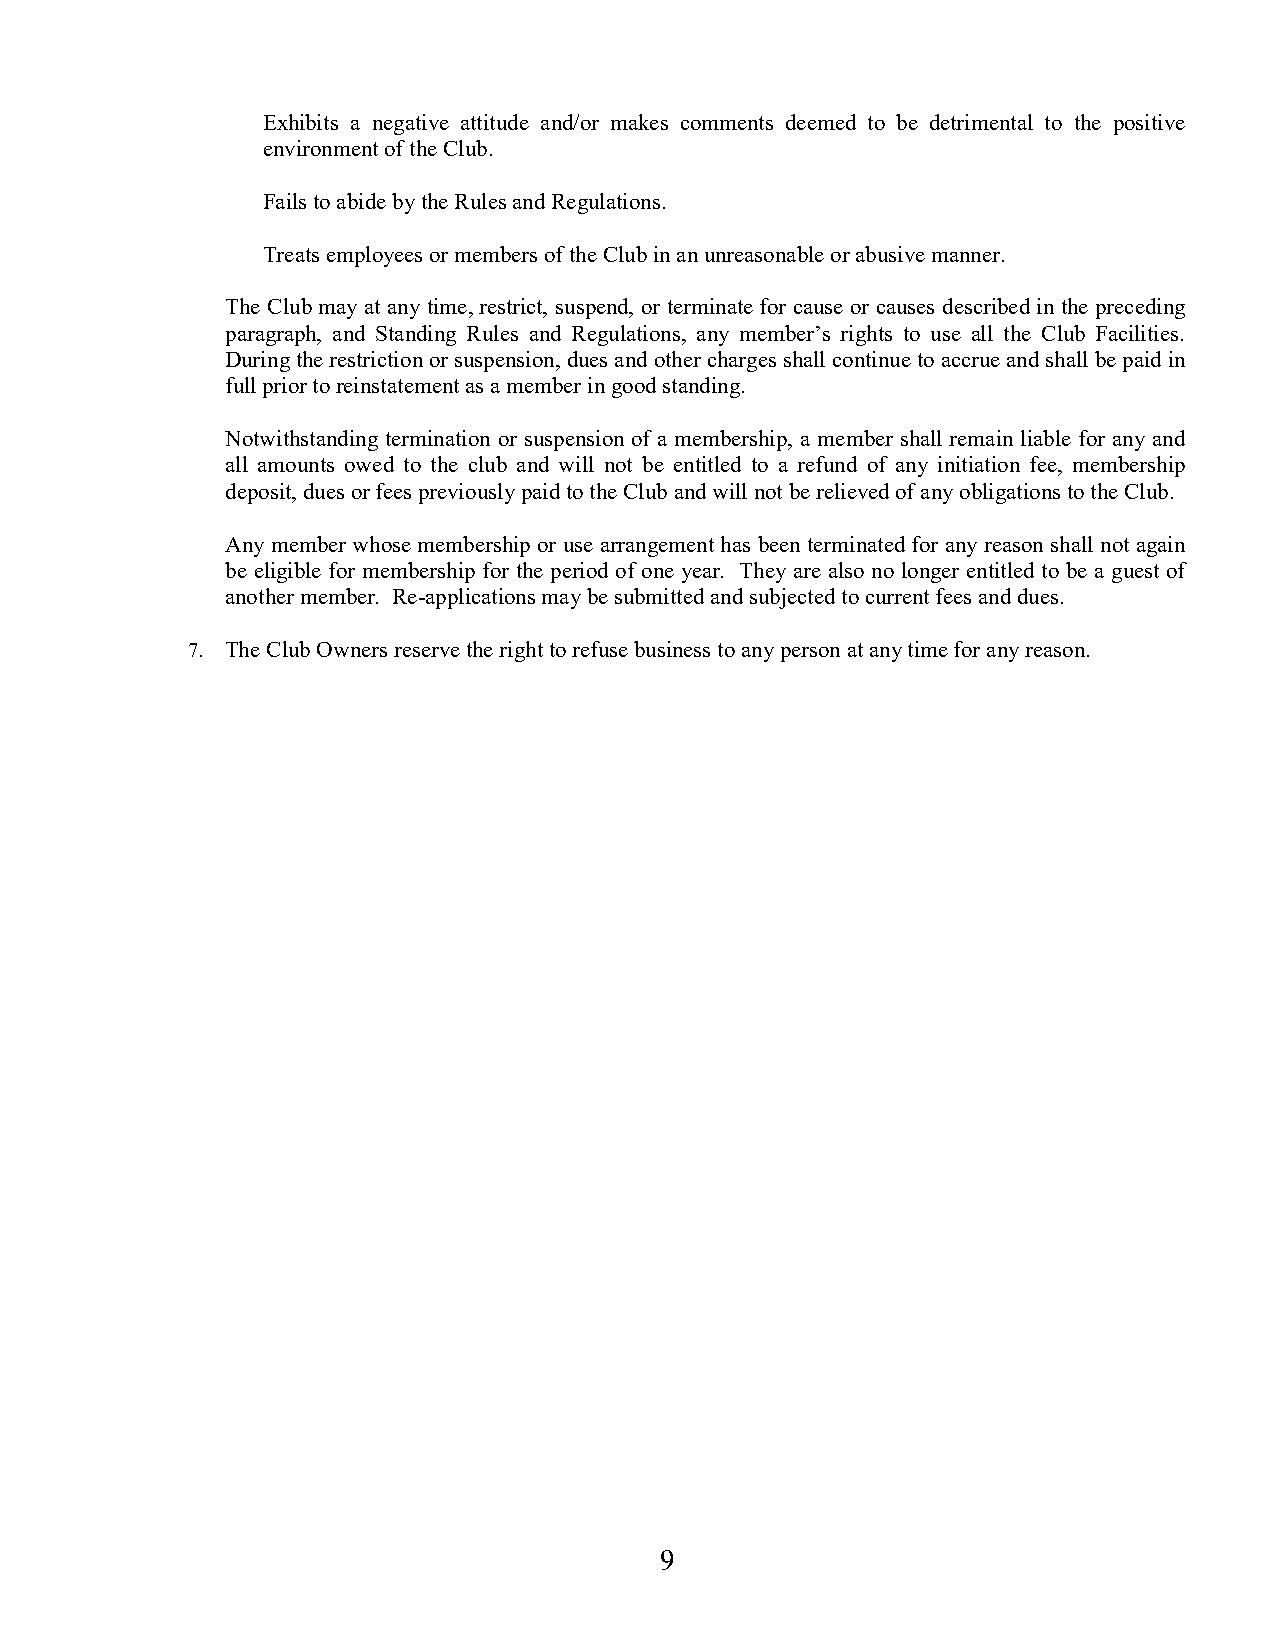
Exhibits a negative attitude and/or makes comments deemed to be detrimental to the positive
 environment of the Club.
 Fails to abide by the Rules and Regulations.
 Treats employees or members of the Club in an unreasonable or abusive manner.
 The Club may at any time, restrict, suspend, or terminate for cause or causes described in the preceding
 paragraph, and Standing Rules and Regulations, any member’s rights to use all the Club Facilities.
 During the restriction or suspension, dues and other charges shall continue to accrue and shall be paid in
 full prior to reinstatement as a member in good standing.
 Notwithstanding termination or suspension of a membership, a member shall remain liable for any and
 all amounts owed to the club and will not be entitled to a refund of any initiation fee, membership
 deposit, dues or fees previously paid to the Club and will not be relieved of any obligations to the Club.
 Any member whose membership or use arrangement has been terminated for any reason shall not again
 be eligible for membership for the period of one year. They are also no longer entitled to be a guest of
 another member. Re-applications may be submitted and subjected to current fees and dues.
 7. The Club Owners reserve the right to refuse business to any person at any time for any reason.
 9